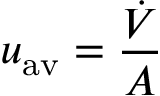
u _ { \mathrm { { { } a v } } } = { \frac { \dot { V } } { A } }